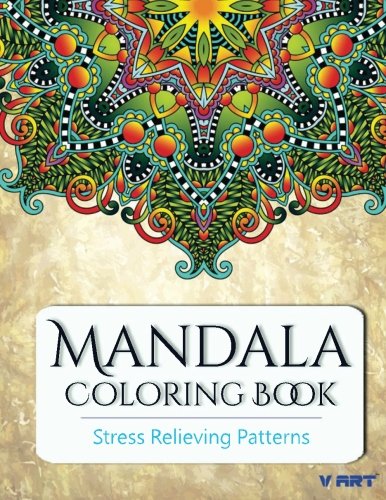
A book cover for Mandala Coloring Book: Coloring Books for Adults : Stress Relieving Patterns (Volume 20); Coloring Books For Adults; Arts & Photography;